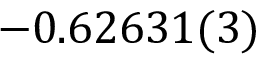
- 0 . 6 2 6 3 1 ( 3 )